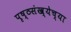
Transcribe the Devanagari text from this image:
पृष्ठसंख्येच्या